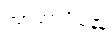
အာတာပိနော